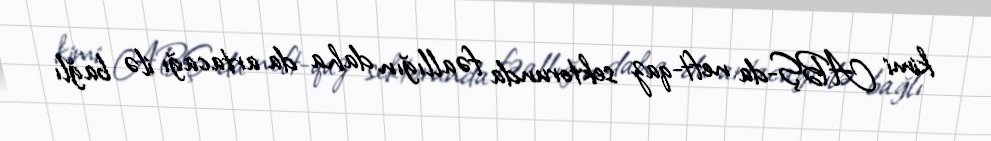
kimi ABŞ-da neft-qaz sektorunda fəallığın daha da artacağı ilə bağlı